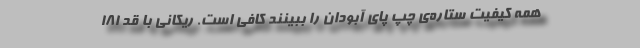
همه کیفیت ستاره‌ی چپ پای آبودان را ببینند کافی است. ریکانی با قد 181